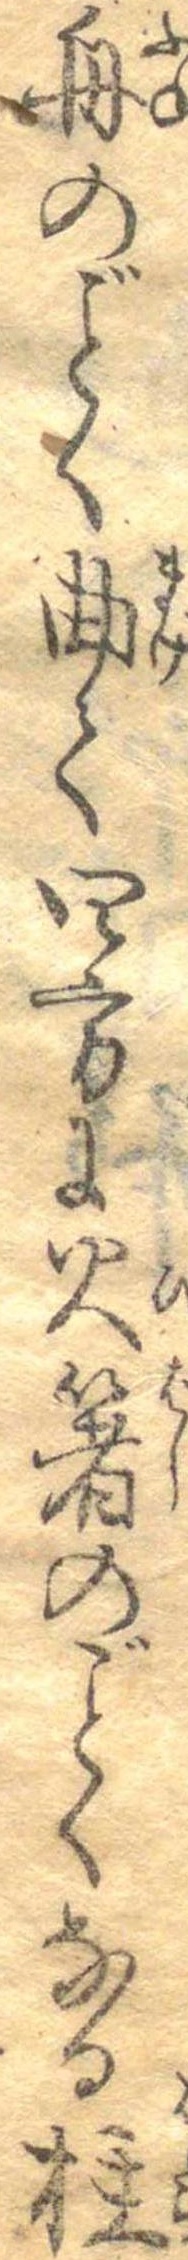
舟のごとく曲て四方に火箸のごとくなる柱